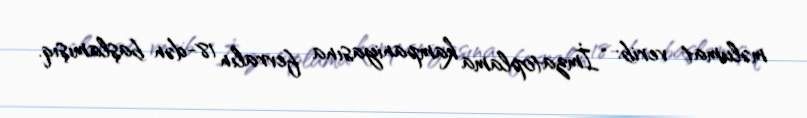
məlumat verib: “İmzatoplama kampaniyasına fevralın 18-dən başlamışıq.